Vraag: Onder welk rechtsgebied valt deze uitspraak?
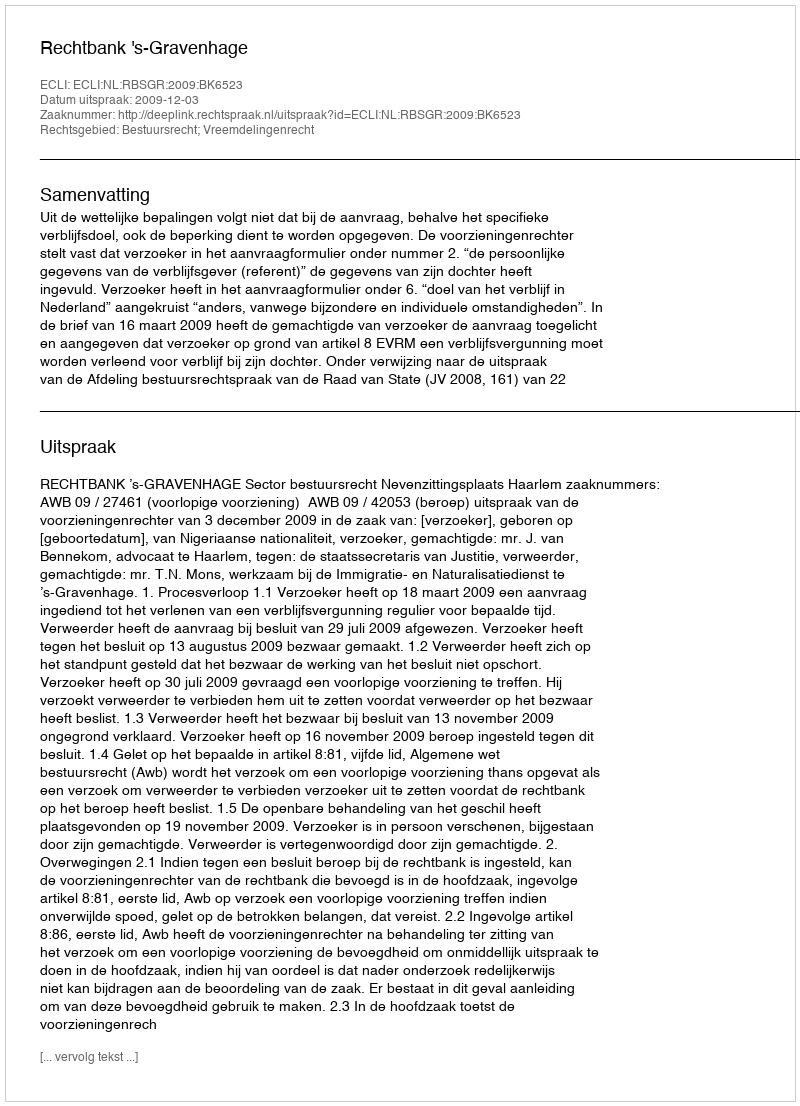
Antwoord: Bestuursrecht; Vreemdelingenrecht